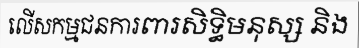
លើសកម្មជនការពារសិទ្ធិមនុស្ស និង